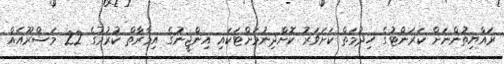
ރައްޔިތުންނަށް ކަރަންޓުގެ ހިދުމަތް ކަށަވަރު ކޮށްދިނުމަށްޓަކައި އިންޖީނުގެ އިމާރާތް ކުރުމުގެ 22 މަޝްރޫއެއް